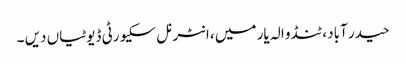
حیدر آباد ، ٹنڈو الہ یار میں ، انٹرنل سکیورٹی ڈیوٹیاں دیں ۔